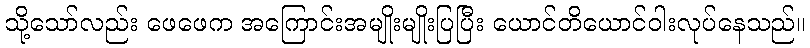
သို့သော်လည်း ဖေဖေက အကြောင်းအမျိုးမျိုးပြပြီး ယောင်တိယောင်ဝါးလုပ်နေသည်။